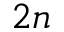
2 n